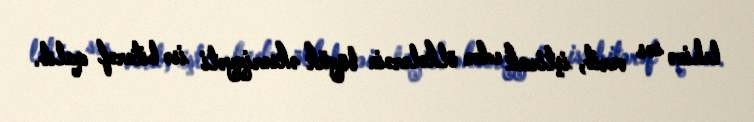
lehinə səs verib, iştirak edən ölkələrəin böyük əksəriyyəti isə bitərəf qalıb.